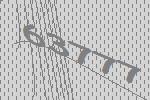
63777